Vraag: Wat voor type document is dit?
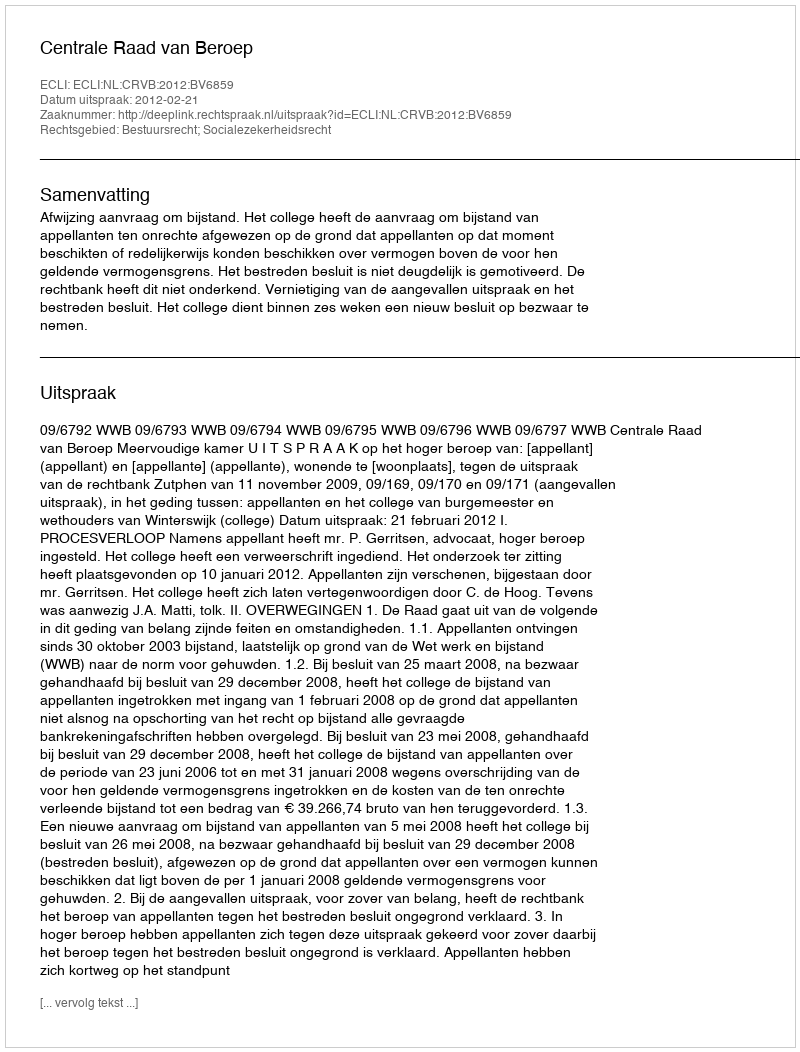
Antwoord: Uitspraak